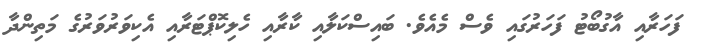
ފަހަރާއި އާގުބޯޓު ފަހަރުގައި ވެސް މެއެވެ. ބައިސްކަލާއި ކާރާއި ހެލިކޮޕްޓަރާއި އެކިވަރުވަރުގެ މަތިންދާ